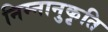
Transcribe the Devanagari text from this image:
निम्नानुकृति